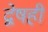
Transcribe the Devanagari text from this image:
द्वेषही